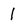
Character: 1